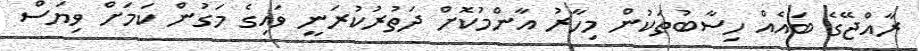
ރާއްޖޭގެ ބައެއް ހިސާބުތަކުން މިހާރު އާންމުކޮށް ދަތުރުކުރަނީ ވައިގެ މަގުން ކަމަށް ވިޔަސް